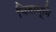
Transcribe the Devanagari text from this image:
चिताभूमि